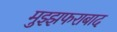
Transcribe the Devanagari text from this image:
मुझ्झफराबाद